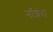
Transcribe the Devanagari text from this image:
नॉशेरा